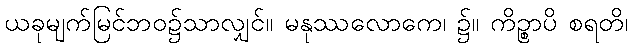
ယခုမျက်မြင်ဘဝ၌သာလျှင်။ မနုဿလောကေ၊ ၌။ ကိဉ္စာပိ စရတိ၊